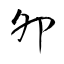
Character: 夘